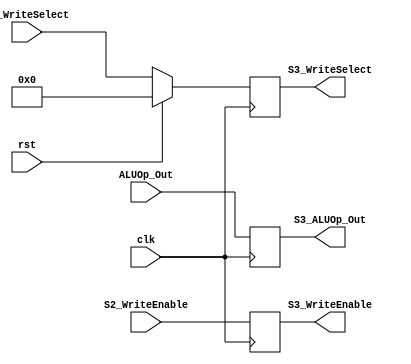
`timescale 1ns / 1ps
//////////////////////////////////////////////////////////////////////////////////
// Company: 
// Engineer: 
// 
// Design Name: 
// Module Name: S3_Register
// Project Name: 
// Target Devices: 
// Tool Versions: 
// Description: 
// 
// Dependencies: 
// 
// Revision:
// Revision 0.01 - File Created
// Additional Comments:
// 
//////////////////////////////////////////////////////////////////////////////////


module S3_Register(

    input [31:0] ALUOp_Out,
    input S2_WriteEnable,
    input [4:0] S2_WriteSelect,
    input clk,
    input rst,
   
    output reg  [31:0] S3_ALUOp_Out,
    output reg S3_WriteEnable,
    output reg [4:0] S3_WriteSelect
    );
    
    always @ (posedge clk)
    begin
        if (rst)
        begin
            S3_WriteSelect <= 5'b0;
            S3_WriteEnable <= 1'b0;
            S3_ALUOp_Out <= 32'b0;
        end
        else
            S3_WriteSelect <= S2_WriteSelect;
            S3_WriteEnable <= S2_WriteEnable;
            S3_ALUOp_Out <= ALUOp_Out;
     end
endmodule